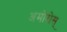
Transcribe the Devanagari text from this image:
अमोरोस्